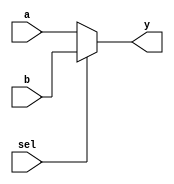
module mux2to1 (
    input wire a,      // First input
    input wire b,      // Second input
    input wire sel,    // Select line
    output wire y      // Output
);
    assign y = (sel) ? b : a;
endmodule


module mux4to1 (
    input wire [3:0] i,   // 4-bit input
    input wire [1:0] sel, // 2-bit select input
    output wire y         // Output
);
    wire y0, y1;          // Intermediate wires

    // Instantiate first level of 2:1 multiplexers
    mux2to1 mux0 (
        .a(i[0]),
        .b(i[1]),
        .sel(sel[0]),
        .y(y0)
    );

    mux2to1 mux1 (
        .a(i[2]),
        .b(i[3]),
        .sel(sel[0]),
        .y(y1)
    );

    // Instantiate second level of 2:1 multiplexer
    mux2to1 mux2 (
        .a(y0),
        .b(y1),
        .sel(sel[1]),
        .y(y)
    );
endmodule